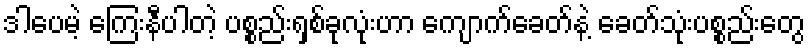
ဒါပေမဲ့ ကြေးနီပါတဲ့ ပစ္စည်းရှစ်ခုလုံးဟာ ကျောက်ခေတ်နဲ့ ခေတ်သုံးပစ္စည်းတွေ